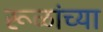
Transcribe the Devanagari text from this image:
रूळांच्या